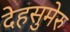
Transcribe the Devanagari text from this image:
देहसुमेरु